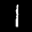
Label: 1